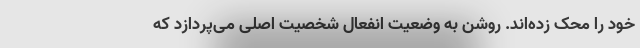
خود را محک زده‌اند. روشن به وضعیت انفعال شخصیت اصلی می‌پردازد که